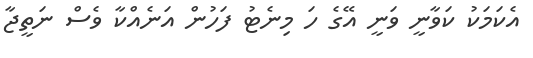
އެކަމަކު ކަވާނީ ވަނީ އޭގެ ހަ މިނެޓު ފަހުން އަނެއްކާ ވެސް ނަތީޖާ